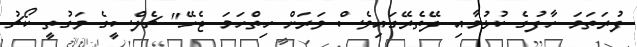
ފުރަތަމަ ހާފުގެ ކުޅުމާއި ދޭތެރޭގައިވެސް ވަރަށް ހިތްހަމަ ޖެހޭ" ޗެލްސީގެ ވަގުތީ ކޯޗު